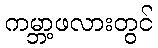
ကမ္ဘာ့ဖလားတွင်